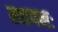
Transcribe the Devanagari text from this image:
स्वापनः